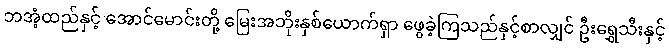
ဘအံ့ထည်နှင့် အောင်မောင်းတို့ မြေးအဘိုးနှစ်ယောက်ရှာ ဖွေခဲ့ကြသည်နှင့်စာလျှင် ဦးရွှေသီးနှင့်